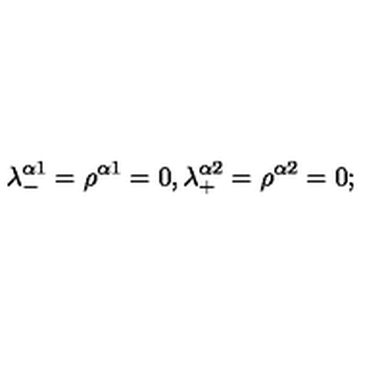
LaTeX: \lambda _ { - } ^ { \alpha 1 } = \rho ^ { \alpha 1 } = 0 , \lambda _ { + } ^ { \alpha 2 } = \rho ^ { \alpha 2 } = 0 ;